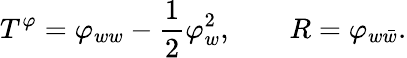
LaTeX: T^{\varphi}=\varphi_{ww}-{\frac{1}{2}}\varphi_{w}^{2},\qquad R=\varphi_{w\bar{w}}.